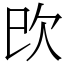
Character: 㰝